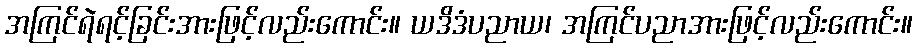
အကြင်ရဲရင့်ခြင်းအားဖြင့်လည်းကောင်း။ ယဒိဒံပညာယ၊ အကြင်ပညာအားဖြင့်လည်းကောင်း။